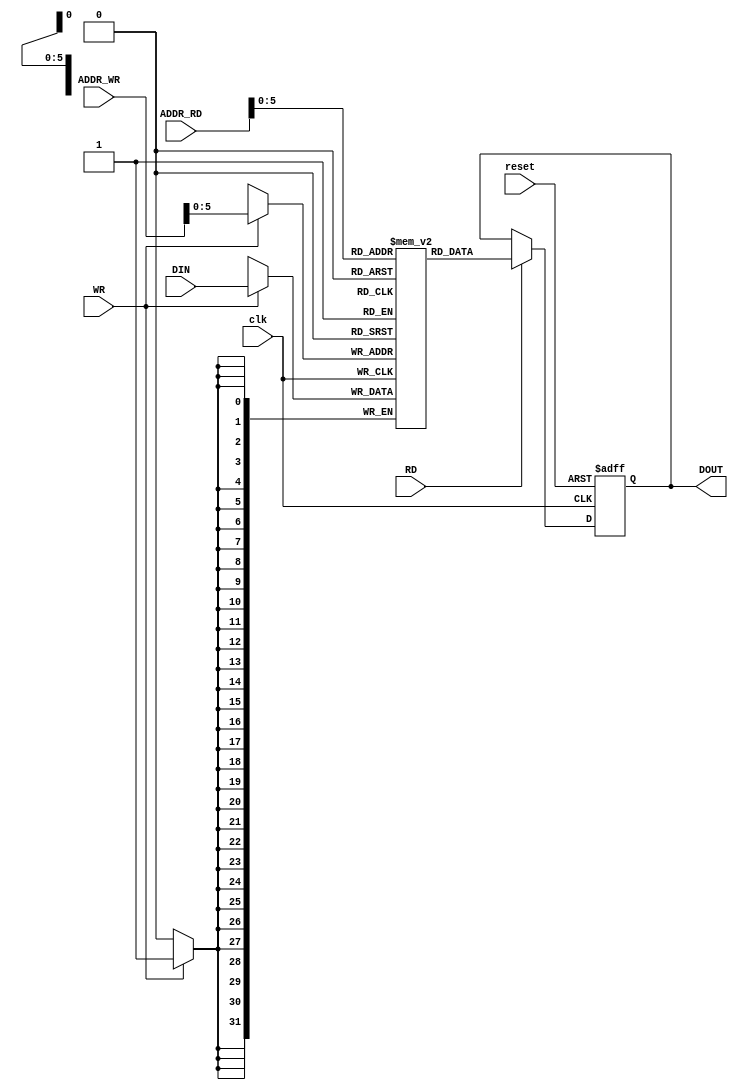
//------------------------------------------------------------------
//-- File generated by RobustVerilog parser
//-- RobustVerilog version 1.5g (limited free version) Jul 5 2011
//-- Invoked Tue Mar 27 13:12:17 2012
//-- Source file: ahb_slave_mem.v
//-- Parent file: ahb_slave.v
//-- Project directory: /home/bgiorgos/Desktop/vlsi_project1/ahb_slave/trunk/run/
//-- Target directory: out/
//-- Command flags: /home/bgiorgos/Downloads/RobustVerilog_free1.5_lin/robust 
//-- www.provartec.com/edatools ... info@provartec.com
//------------------------------------------------------------------



  
module ahb_slave_mem (clk,reset,WR,RD,ADDR_WR,ADDR_RD,DIN,DOUT);

/*262144*/

   parameter                      MEM_WORDS = 64;
      
   input                          clk;
   input                          reset;
   input                          WR;
   input                          RD;
   input  [8:0]                  ADDR_WR;
   input  [8:0]                  ADDR_RD;
   input  [31:0]                  DIN;
   output [31:0]                  DOUT;

   reg [31:0]        	          DOUT;
   reg [31:0]           Mem[MEM_WORDS-1:0]; 
   
   always @(posedge clk)
     if (WR)
       Mem[ADDR_WR] <= DIN;
   
   always @(posedge clk or posedge reset)
     if (reset)
       DOUT <= {32{1'b0}};
     else if (RD) 
       DOUT <= Mem[ADDR_RD];

   
endmodule